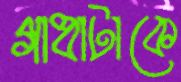
গাধাটাকে